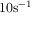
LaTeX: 1 0 \mathrm { { s } } ^ { - 1 }